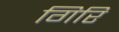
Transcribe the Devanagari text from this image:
गिरि